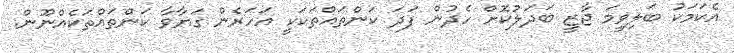
އެކަމަކު ބަލިވީމަ ޖާޒީ ބަދަލުކޮށް ހެދުން ފަދަ ކަންތައްތަކަކީ އަހަރެން ގަޔާވާ ކަންތައްތަކެއްނޫން.